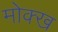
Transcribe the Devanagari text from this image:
मोक्ख